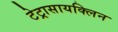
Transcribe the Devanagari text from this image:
टेट्रासायक्लिन